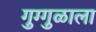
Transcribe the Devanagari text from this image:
गुग्गुळाला